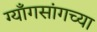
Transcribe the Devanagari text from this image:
ग्याँगसांगच्या